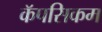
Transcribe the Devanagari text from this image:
कॅपसिकम